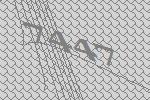
7447